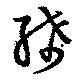
絺